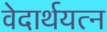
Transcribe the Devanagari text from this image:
वेदार्थयत्न